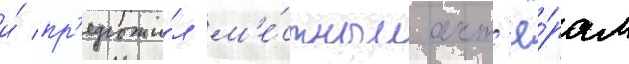
и́ пр'едложи́л м'е́стным акт'ё́рам